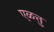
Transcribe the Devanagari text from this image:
एळत्तु